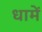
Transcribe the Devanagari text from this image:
धामें